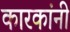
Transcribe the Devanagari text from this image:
कारकांनी